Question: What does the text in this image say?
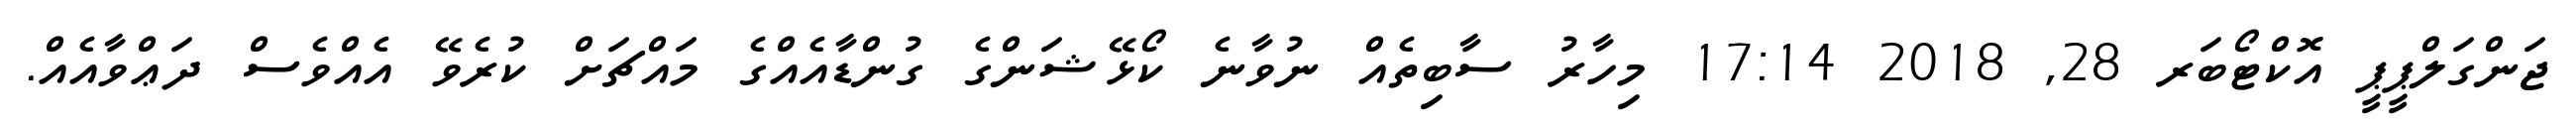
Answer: ޖަންގަލްޕީޕީ އޮކްޓޯބަރ 28, 2018 17:14 މިހާރު ސާބިތެއް ނުވާނެ ކޯޅޭޝަންގެ ގުންޑާއެއްގެ މައްޗަށް ކުރެވޭ އެއްވެސް ދަޢްވާއެއް.